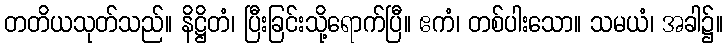
တတိယသုတ်သည်။ နိဋ္ဌိတံ၊ ပြီးခြင်းသို့ရောက်ပြီ။ ဧကံ၊ တစ်ပါးသော။ သမယံ၊ အခါ၌။